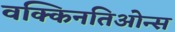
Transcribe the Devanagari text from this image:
वक्किनतिओन्स